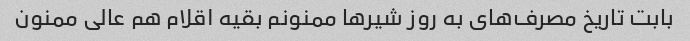
بابت تاریخ مصرف‌های به روز شیر‌ها ممنونم بقیه اقلام هم عالی ممنون